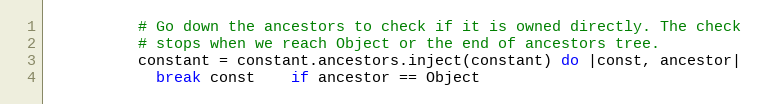
Language: Ruby
          # Go down the ancestors to check if it is owned directly. The check
          # stops when we reach Object or the end of ancestors tree.
          constant = constant.ancestors.inject(constant) do |const, ancestor|
            break const    if ancestor == Object